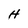
Character: H